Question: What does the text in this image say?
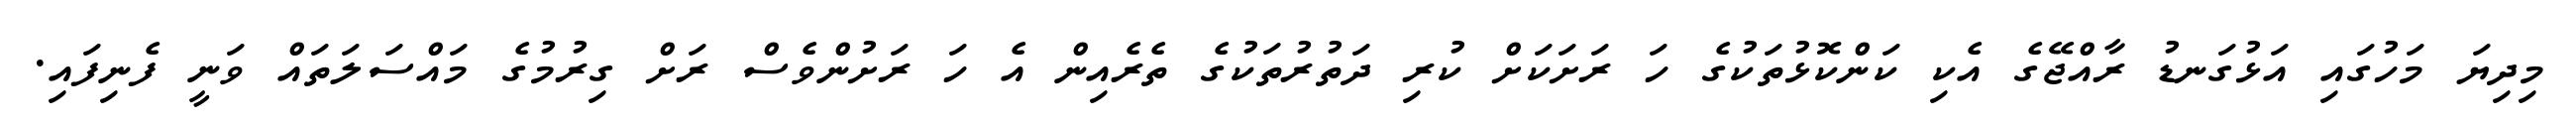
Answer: މިދިޔަ މަހުގައި އަޅުގަނޑު ރާއްޖޭގެ އެކި ކަންކޮޅުތަކުގެ ހަ ރަށަކަށް ކުރި ދަތުރުތަކުގެ ތެރެއިން އެ ހަ ރަށުންވެސް ރަށް ގިރުމުގެ މައްސަލަތައް ވަނީ ފެނިފައި.